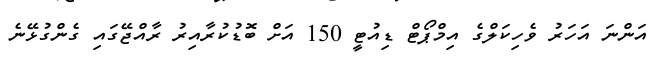
އަންނަ އަހަރު ވެހިކަލްގެ އިމްޕޯޓް ޑިއުޓީ 150 އަށް ބޮޑުކުރާއިރު ރާއްޖޭގައި ގެންގުޅޭނެ